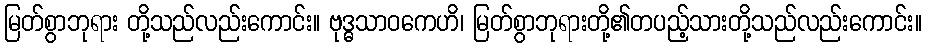
မြတ်စွာဘုရား တို့သည်လည်းကောင်း။ ဗုဒ္ဓသာဝကေဟိ၊ မြတ်စွာဘုရားတို့၏တပည့်သားတို့သည်လည်းကောင်း။